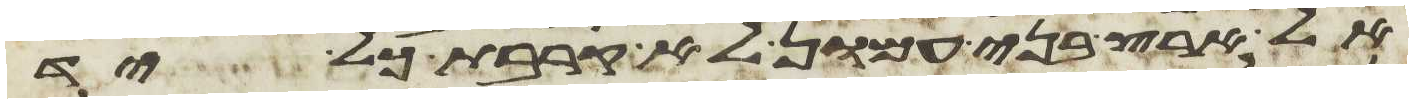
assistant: אל ארץ בני עמון לא קרבת כל יד